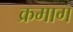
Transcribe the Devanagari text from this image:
क्रमाग